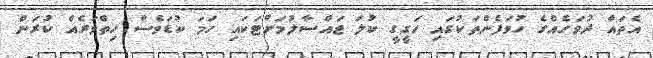
އެތައް ދުވަހެއްގެ ހުވަފެންތަކުގައި ހަގީގީ ކުލަ ޖައްސާލުމަށްޓަކައި ހަމަ ކުޑަވެސް ހިތްވަރެއް ކުރަން